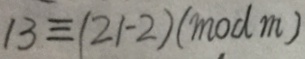
1 3 \equiv ( 2 1 - 2 ) ( m o d m )